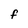
Character: F